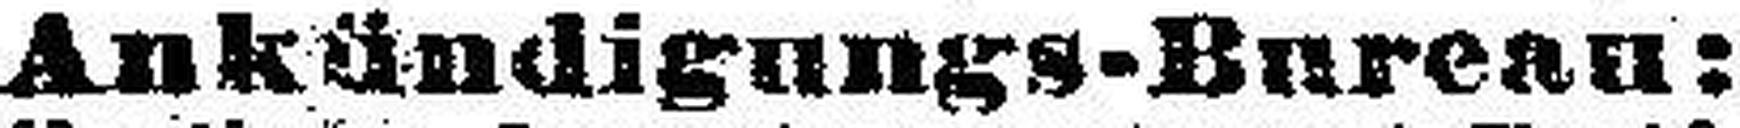
Ankündigungs-Bureau: